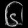
Digit: ၆